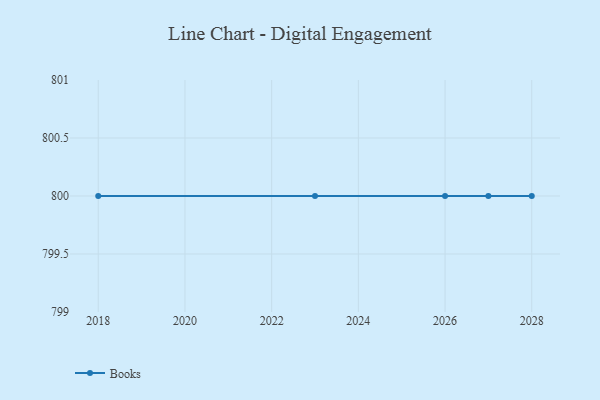
{"axis": {"x": "Year", "y": "Inventory Turnover"}, "legend": ["Books"], "data": [{"x": "2028", "y": 800, "type": "Books"}, {"x": "2018", "y": 800, "type": "Books"}, {"x": "2023", "y": 800, "type": "Books"}, {"x": "2027", "y": 800, "type": "Books"}, {"x": "2026", "y": 800, "type": "Books"}]}